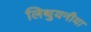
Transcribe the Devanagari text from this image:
लिथुयनीया